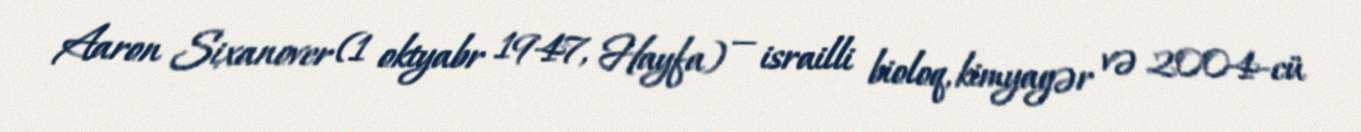
Aaron Sixanover (1 oktyabr 1947, Hayfa) — israilli bioloq, kimyagər və 2004-cü